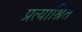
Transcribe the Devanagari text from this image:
प्रत्याश्रित